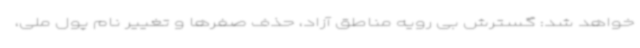
خواهد شد: گسترش بی رویه مناطق آزاد، حذف صفرها و تغییر نام پول ملی،